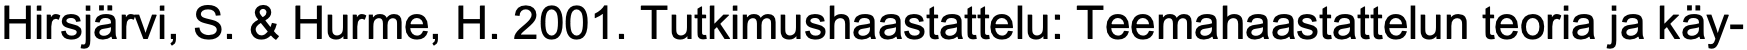
Hirsjärvi, S. & Hurme, H. 2001. Tutkimushaastattelu: Teemahaastattelun teoria ja käy-